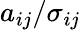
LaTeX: a_{ij}/\sigma_{ij}